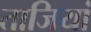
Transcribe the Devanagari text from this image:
ताजियां